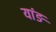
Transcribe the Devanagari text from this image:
यांङ